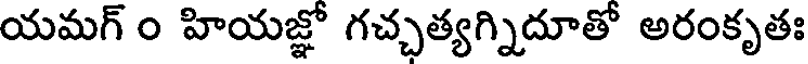
యమగ్ ౦ హియజ్ఞో గచ్చత్యగ్నిదూతో అరంకృతః